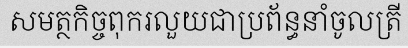
សមត្ថកិច្ចពុករលួយជាប្រព័ន្ធនាំចូលត្រី